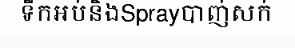
ទឹកអប់និងSprayបាញ់សក់